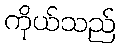
ကိုယ်သည်